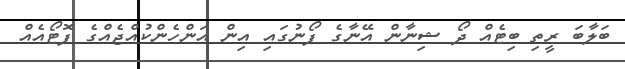
ބަލާބަ ރީތި ބިޓެއް ދޯ ޝިނާން އޭނާގެ ފޯނުގައި އިން އަންހެންކުއްޖެއްގެ ފޮޓޯއެއް